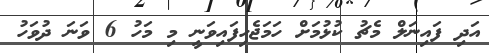
އަދި ފައިނަލް މެޗު ކުޅުމަށް ހަމަޖެހިފައިވަނީ މި މަހު 6 ވަނަ ދުވަހު